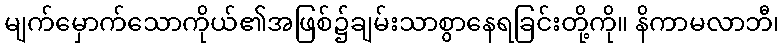
မျက်မှောက်သောကိုယ်၏အဖြစ်၌ချမ်းသာစွာနေရခြင်းတို့ကို။ နိကာမလာဘီ၊